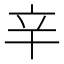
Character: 𨐋